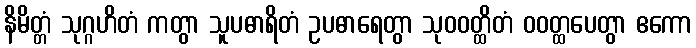
နိမိတ္တံ သုဂ္ဂဟိတံ ကတွာ သူပဓာရိတံ ဥပဓာရေတွာ သုဝဝတ္ထိတံ ဝဝတ္ထပေတွာ ဧကော